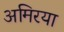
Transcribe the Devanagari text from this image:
अमिरया